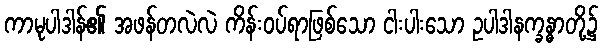
ကာမုပါဒါန်၏ အဖန်တလဲလဲ ကိန်းဝပ်ရာဖြစ်သော ငါးပါးသော ဥပါဒါနက္ခန္ဓာတို့၌